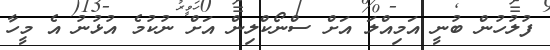
ފުލުހުން ބުނީ އަމިއްލަ އަށް ސްނޯކްލިން އަށް ނުކުމެ އުޅުނު އެ މީހާ